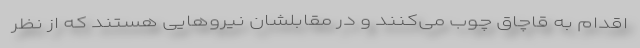
اقدام به قاچاق چوب می‌کنند و در مقابلشان نیروهایی هستند که از نظر